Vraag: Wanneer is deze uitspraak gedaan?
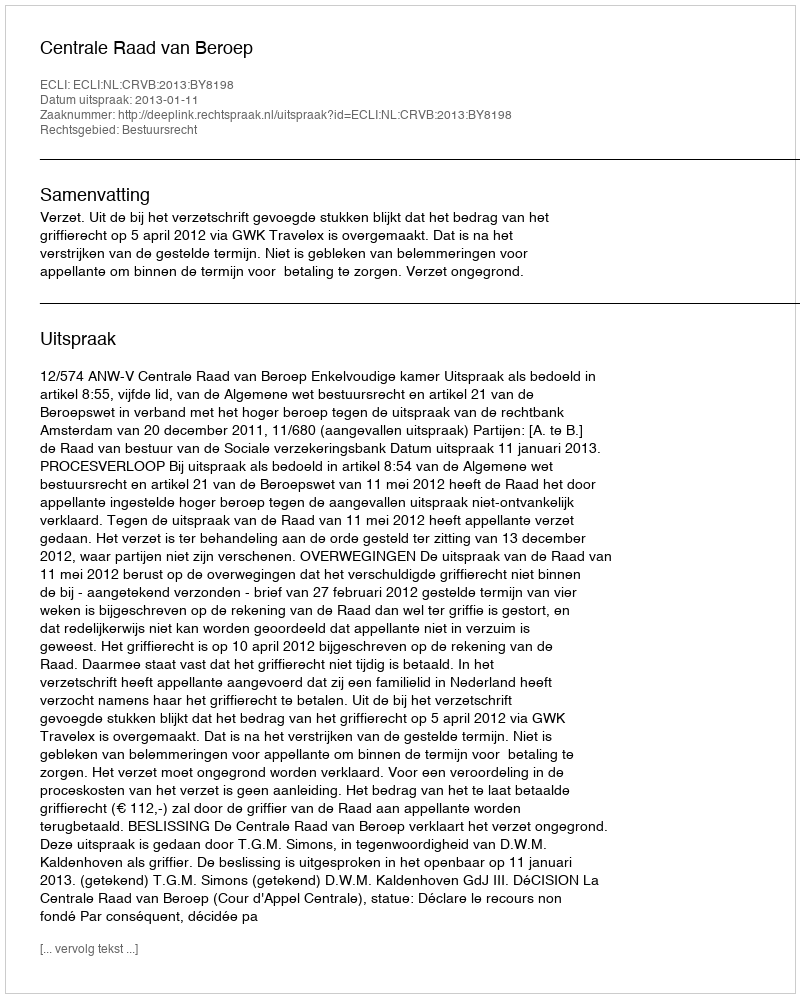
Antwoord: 2013-01-11